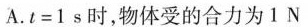
A.$$t = 1 s$$时，物体受的合力为1N